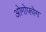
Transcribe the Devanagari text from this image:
ओगोफोग